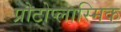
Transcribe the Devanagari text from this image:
प्रोटोप्लास्मिक